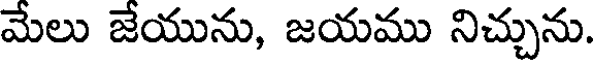
మేలు జేయును, జయము నిచ్చును.